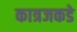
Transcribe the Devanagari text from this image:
कात्रजकडे